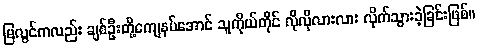
မြလွင်ကလည်း ချစ်ဦးတို့ကျေနပ်အောင် သူကိုယ်တိုင် လိုလိုလားလား လိုက်သွားခဲ့ခြင်းဖြစ်။